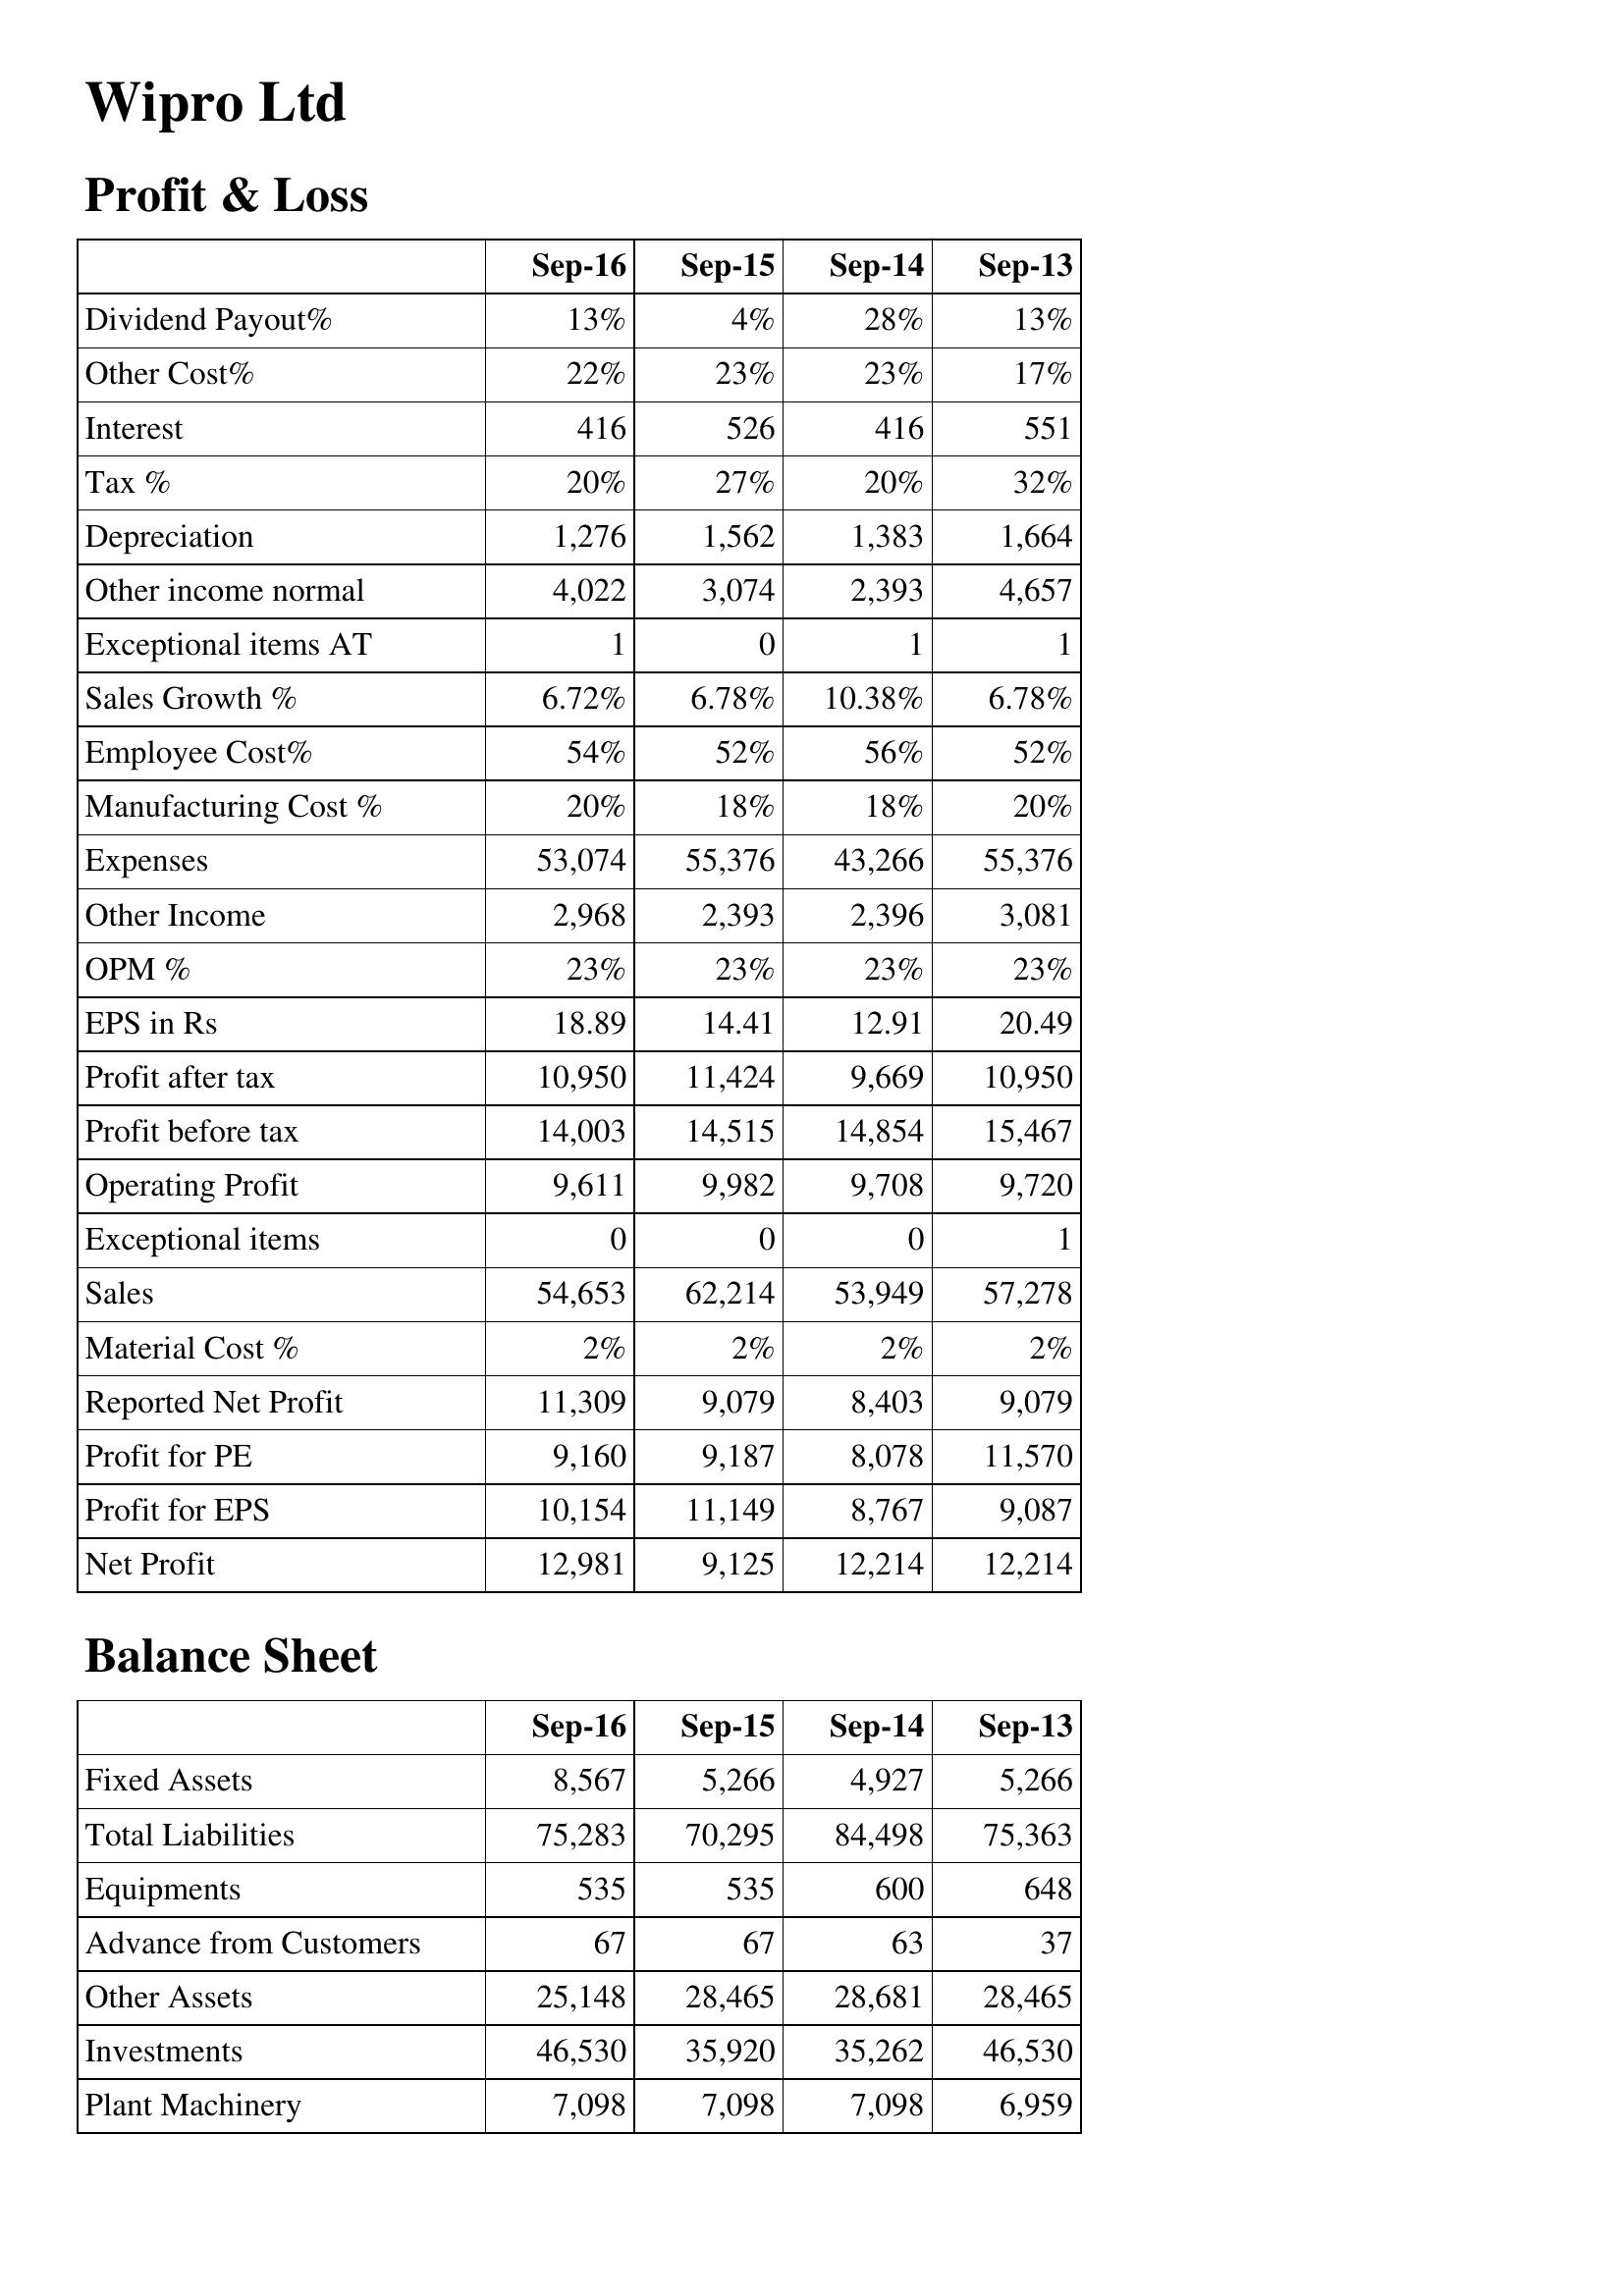
Sep-16: Profit & Loss: Dividend Payout%: 13%
Other Cost%: 22%
Interest: 416
Tax %: 20%
Depreciation: 1,276
Other income normal: 4,022
Exceptional items AT: 1
Sales Growth %: 6.72%
Employee Cost%: 54%
Manufacturing Cost %: 20%
Expenses: 53,074
Other Income: 2,968
OPM %: 23%
EPS in Rs: 18.89
Profit after tax: 10,950
Profit before tax: 14,003
Operating Profit: 9,611
Exceptional items: 0
Sales: 54,653
Material Cost %: 2%
Reported Net Profit: 11,309
Profit for PE: 9,160
Profit for EPS: 10,154
Net Profit: 12,981
Balance Sheet: Fixed Assets: 8,567
Total Liabilities: 75,283
Equipments: 535
Advance from Customers: 67
Other Assets: 25,148
Investments: 46,530
Plant Machinery: 7,098
Sep-15: Profit & Loss: Dividend Payout%: 4%
Other Cost%: 23%
Interest: 526
Tax %: 27%
Depreciation: 1,562
Other income normal: 3,074
Exceptional items AT: 0
Sales Growth %: 6.78%
Employee Cost%: 52%
Manufacturing Cost %: 18%
Expenses: 55,376
Other Income: 2,393
OPM %: 23%
EPS in Rs: 14.41
Profit after tax: 11,424
Profit before tax: 14,515
Operating Profit: 9,982
Exceptional items: 0
Sales: 62,214
Material Cost %: 2%
Reported Net Profit: 9,079
Profit for PE: 9,187
Profit for EPS: 11,149
Net Profit: 9,125
Balance Sheet: Fixed Assets: 5,266
Total Liabilities: 70,295
Equipments: 535
Advance from Customers: 67
Other Assets: 28,465
Investments: 35,920
Plant Machinery: 7,098
Sep-14: Profit & Loss: Dividend Payout%: 28%
Other Cost%: 23%
Interest: 416
Tax %: 20%
Depreciation: 1,383
Other income normal: 2,393
Exceptional items AT: 1
Sales Growth %: 10.38%
Employee Cost%: 56%
Manufacturing Cost %: 18%
Expenses: 43,266
Other Income: 2,396
OPM %: 23%
EPS in Rs: 12.91
Profit after tax: 9,669
Profit before tax: 14,854
Operating Profit: 9,708
Exceptional items: 0
Sales: 53,949
Material Cost %: 2%
Reported Net Profit: 8,403
Profit for PE: 8,078
Profit for EPS: 8,767
Net Profit: 12,214
Balance Sheet: Fixed Assets: 4,927
Total Liabilities: 84,498
Equipments: 600
Advance from Customers: 63
Other Assets: 28,681
Investments: 35,262
Plant Machinery: 7,098
Sep-13: Profit & Loss: Dividend Payout%: 13%
Other Cost%: 17%
Interest: 551
Tax %: 32%
Depreciation: 1,664
Other income normal: 4,657
Exceptional items AT: 1
Sales Growth %: 6.78%
Employee Cost%: 52%
Manufacturing Cost %: 20%
Expenses: 55,376
Other Income: 3,081
OPM %: 23%
EPS in Rs: 20.49
Profit after tax: 10,950
Profit before tax: 15,467
Operating Profit: 9,720
Exceptional items: 1
Sales: 57,278
Material Cost %: 2%
Reported Net Profit: 9,079
Profit for PE: 11,570
Profit for EPS: 9,087
Net Profit: 12,214
Balance Sheet: Fixed Assets: 5,266
Total Liabilities: 75,363
Equipments: 648
Advance from Customers: 37
Other Assets: 28,465
Investments: 46,530
Plant Machinery: 6,959